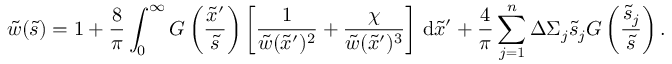
\tilde { w } ( \tilde { s } ) = 1 + \frac { 8 } { \pi } \int _ { 0 } ^ { \infty } G \left( \frac { \tilde { x } ^ { \prime } } { \tilde { s } } \right) \left[ \frac { 1 } { \tilde { w } ( \tilde { x } ^ { \prime } ) ^ { 2 } } + \frac { \chi } { \tilde { w } ( \tilde { x } ^ { \prime } ) ^ { 3 } } \right] \, \mathrm { d } \tilde { x } ^ { \prime } + \frac { 4 } { \pi } \sum _ { j = 1 } ^ { n } \Delta \Sigma _ { j } \tilde { s } _ { j } G \left( \frac { \tilde { s } _ { j } } { \tilde { s } } \right) .